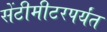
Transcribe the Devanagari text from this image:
सेंटीमीटरपर्यंत